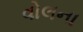
વોલના